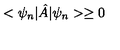
< \psi _ { n } | { \hat { A } } | \psi _ { n } > \geq 0